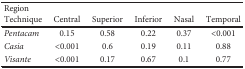
<table><thead><tr><td colspan="6"><b>Region</b></td></tr><tr><td><b>Technique</b></td><td><b>Central</b></td><td><b>Superior</b></td><td><b>Inferior</b></td><td><b>Nasal</b></td><td><b>Temporal</b></td></tr></thead><tbody><tr><td><i>Pentacam</i></td><td>0.15</td><td>0.58</td><td>0.22</td><td>0.37</td><td>&lt;0.001</td></tr><tr><td><i>Casia</i></td><td>&lt;0.001</td><td>0.6</td><td>0.19</td><td>0.11</td><td>0.88</td></tr><tr><td><i>Visante</i></td><td>&lt;0.001</td><td>0.17</td><td>0.67</td><td>0.1</td><td>0.77</td></tr></tbody></table>